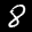
Label: 8